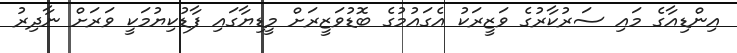
އިންޑިއާގެ މައި ސަރުކާރުގެ ވަޒީރަކު އެގައުމުގެ ބޮޑުވަޒީރަށް މީޑިޔާގައި ފާޑުކިޔުމަކީ ވަރަށް ނާދިރު